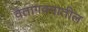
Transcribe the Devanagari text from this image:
वैतागवनातील